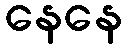
နေနေ